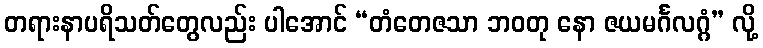
တရားနာပရိသတ်တွေလည်း ပါအောင် “တံတေဇသာ ဘဝတု နော ဇယမင်္ဂလဂ္ဂံ” လို့